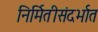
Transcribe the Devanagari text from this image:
निर्मितीसंदर्भात